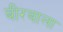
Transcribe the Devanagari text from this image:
बीरबाला